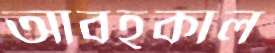
আবহকাল